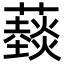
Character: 䕭